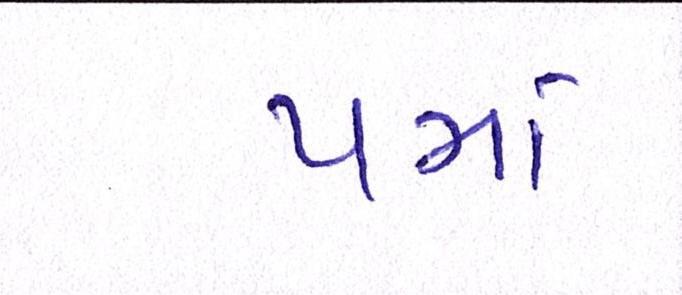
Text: પમાં